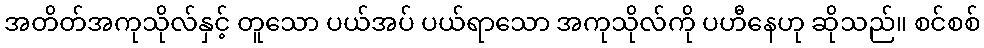
အတိတ်အကုသိုလ်နှင့် တူသော ပယ်အပ် ပယ်ရာသော အကုသိုလ်ကို ပဟီနေဟု ဆိုသည်။ စင်စစ်